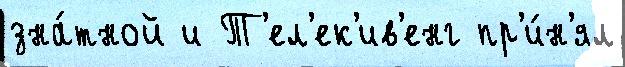
зна́тной и Т'ел'ек'ив'енг пр'и́н'ял